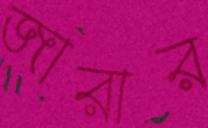
জারার